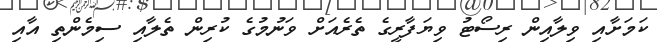
ކަމަށާއި ވިލާއިން ރިސޯޓު ވިޔަފާރީގެ ތެރެއަށް ވަނުމުގެ ކުރިން ތެލާއި ސިމެންތި އާއި